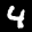
Label: 4